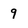
Character: 9